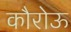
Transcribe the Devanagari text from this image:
कौरोऊ